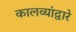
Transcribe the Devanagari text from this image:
कालव्यांद्वारे